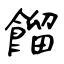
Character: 餾